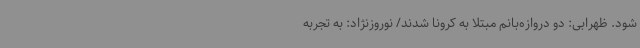
شود. ظهرابی: دو دروازه‌بانم مبتلا به کرونا شدند/ نوروزنژاد: به تجربه